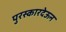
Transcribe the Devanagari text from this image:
पुरस्कारदेऊन